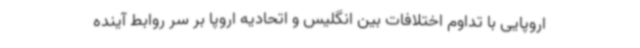
اروپایی با تداوم اختلافات بین انگلیس و اتحادیه اروپا بر سر روابط آینده